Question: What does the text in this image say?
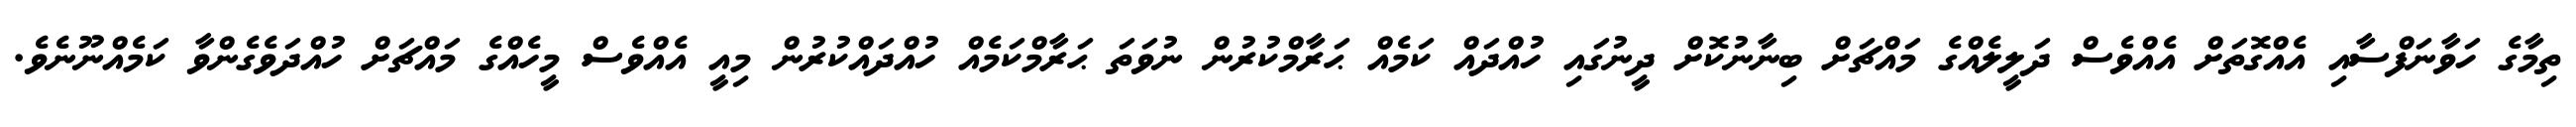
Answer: ތިމާގެ ހަވާނަފްސާއި އެއްގޮތަށް އެއްވެސް ދަލީލެއްގެ މައްޗަށް ބިނާނުކޮށް ދީނުގައި ހުއްދައް ކަމެއް ޙަރާމްކުރުން ނުވަތަ ޙަރާމްކަމެއް ހުއްދައްކުރުން މިއީ އެއްވެސް މީހެއްގެ މައްޗަށް ހުއްދަވެގެންވާ ކަމެއްނޫނެވެ.